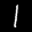
Label: 1